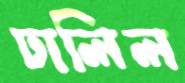
ঢালিল